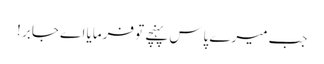
جب میرے پاس پہنچے تو فرمایا اے جابر !